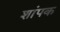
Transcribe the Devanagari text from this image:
शांपक